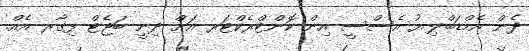
ދެން އެމްޑަބްލިޔު އެސްސީ އިން ކޮންޓްރެކްޓަރ އަށް ދިނީ ބަޖެޓް ފިގާރ އެއް.